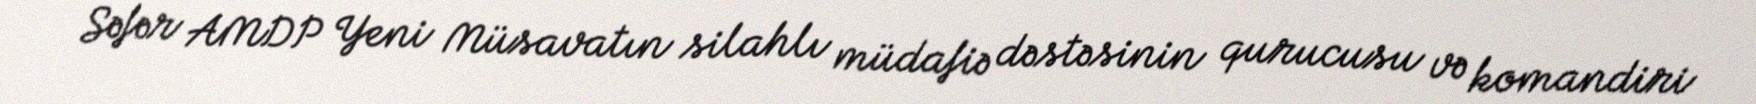
Səfər AMDP Yeni Müsavatın silahlı müdafiə dəstəsinin qurucusu və komandiri